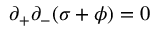
\partial _ { + } \partial _ { - } ( \sigma + \phi ) = 0